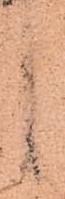
し